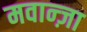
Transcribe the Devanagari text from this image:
मवान्ज़ा